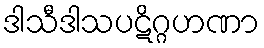
ဒါသီဒါသပဋိဂ္ဂဟဏာ